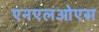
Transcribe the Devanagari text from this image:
एनएलओएस